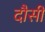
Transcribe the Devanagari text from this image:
दौसी